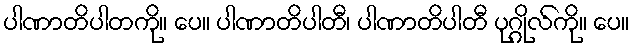
ပါဏာတိပါတကို။ ပေ။ ပါဏာတိပါတီ၊ ပါဏာတိပါတီ ပုဂ္ဂိုလ်ကို။ ပေ။